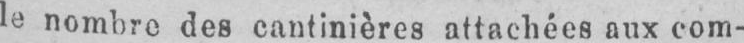
le nombre des cantinières attachées aux com-